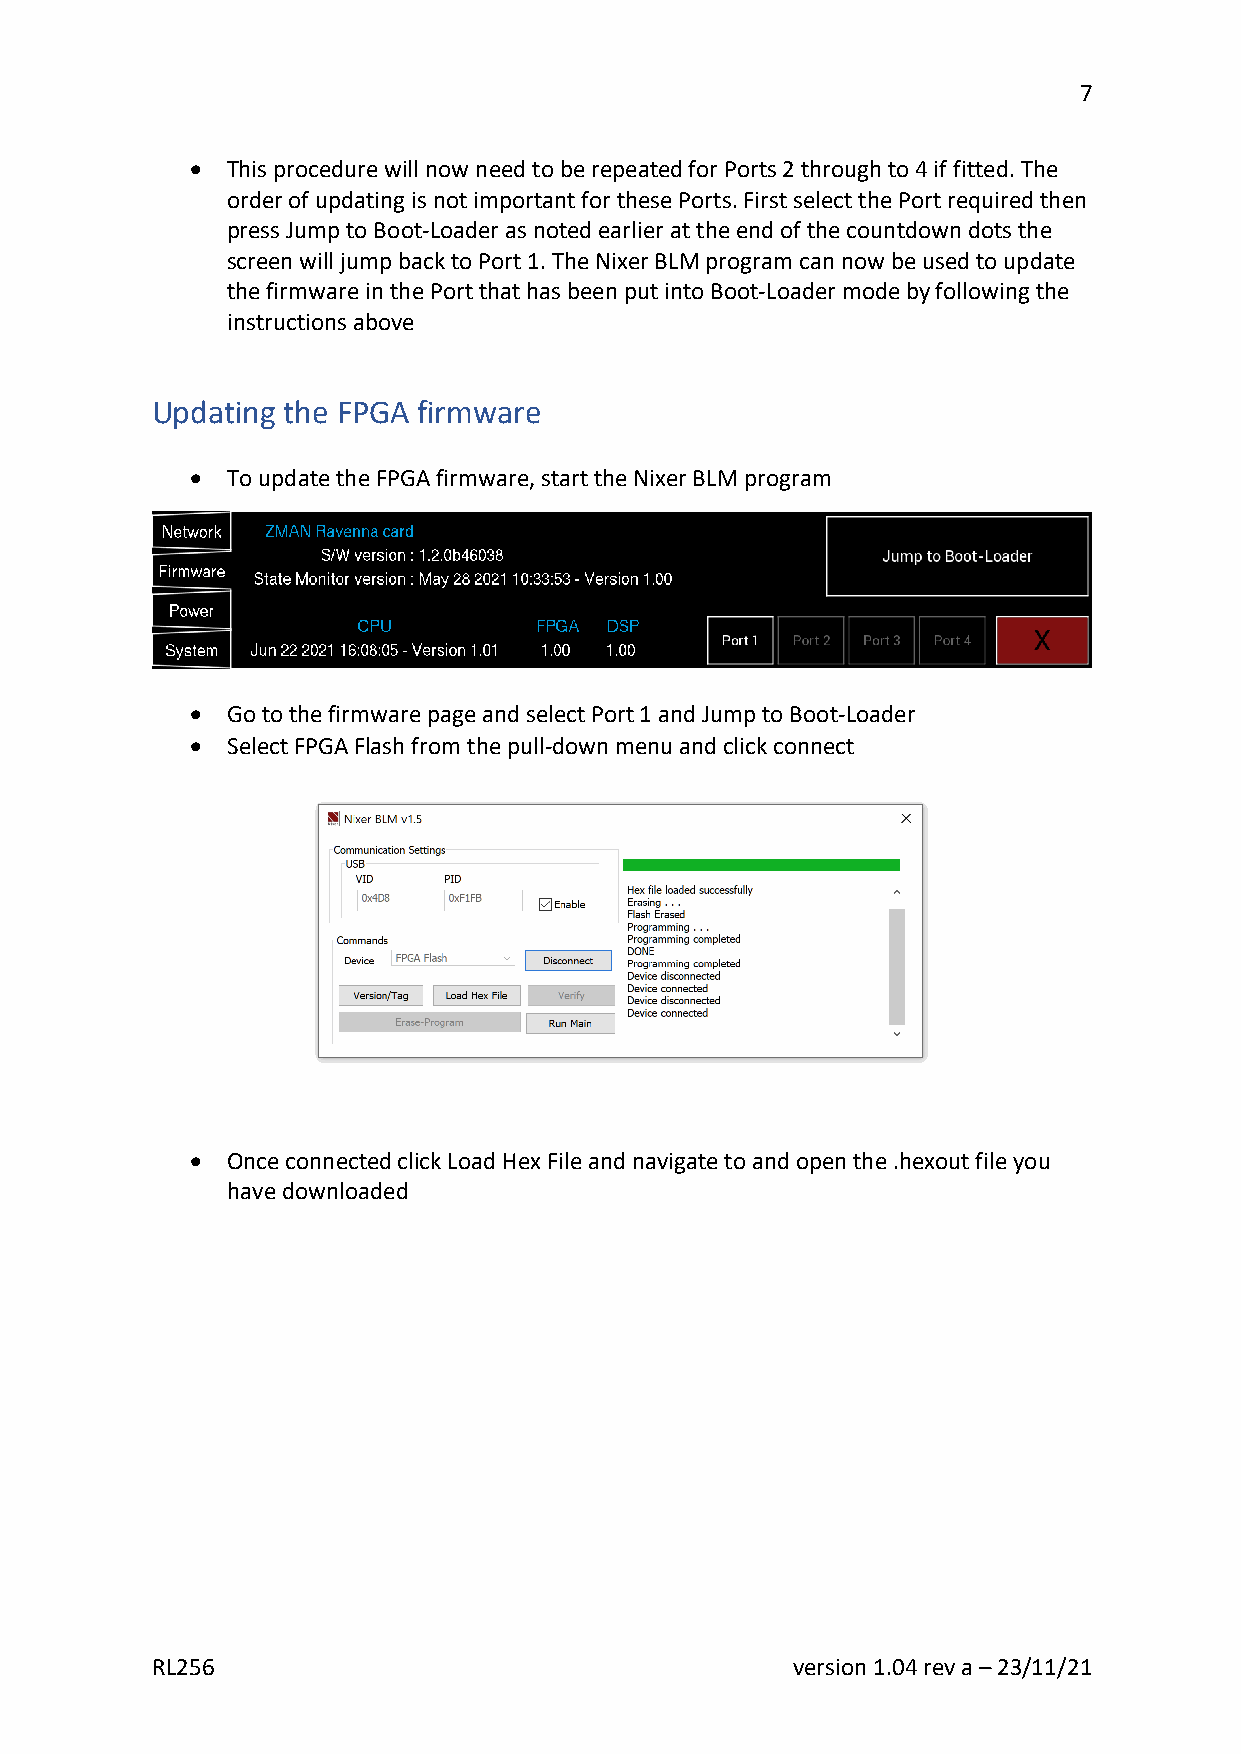
7
 • This procedure will now need to be repeated for Ports 2 through to 4 if fitted. The
 order of updating is not important for these Ports. First select the Port required then
 press Jump to Boot-Loader as noted earlier at the end of the countdown dots the
 screen will jump back to Port 1. The Nixer BLM program can now be used to update
 the firmware in the Port that has been put into Boot-Loader mode by following the
 instructions above
 Updating the FPGA firmware
 • To update the FPGA firmware, start the Nixer BLM program
 • Go to the firmware page and select Port 1 and Jump to Boot-Loader
 • Select FPGA Flash from the pull-down menu and click connect
 • Once connected click Load Hex File and navigate to and open the .hexout file you
 have downloaded
 RL256                                     version 1.04 rev a – 23/11/21